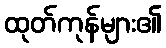
ထုတ်ကုန်များ၏